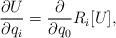
LaTeX: \begin{align*} \frac{\partial U}{\partial q_i} = \frac{\partial}{\partial q_0}R_i[U], \end{align*}